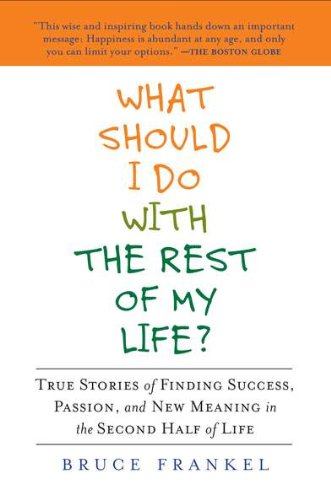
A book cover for What Should I Do with the Rest of My Life?: True Stories of Finding Success, Passion, and New Meaning in the Second Half of Life; Bruce Frankel; Self-Help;